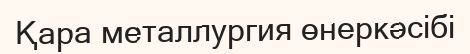
Қара металлургия өнеркәсібі